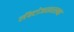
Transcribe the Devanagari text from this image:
लॅक्टोजसारख्या